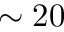
\sim 2 0